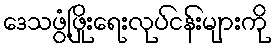
ဒေသဖွံ့ဖြိုးရေးလုပ်ငန်းများကို